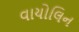
વાયોલિન